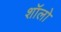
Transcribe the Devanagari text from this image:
शॉलो